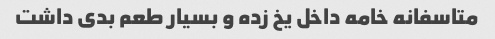
متاسفانه خامه داخل یخ زده و بسیار طعم بدی داشت